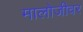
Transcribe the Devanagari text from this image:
मालोजीवर